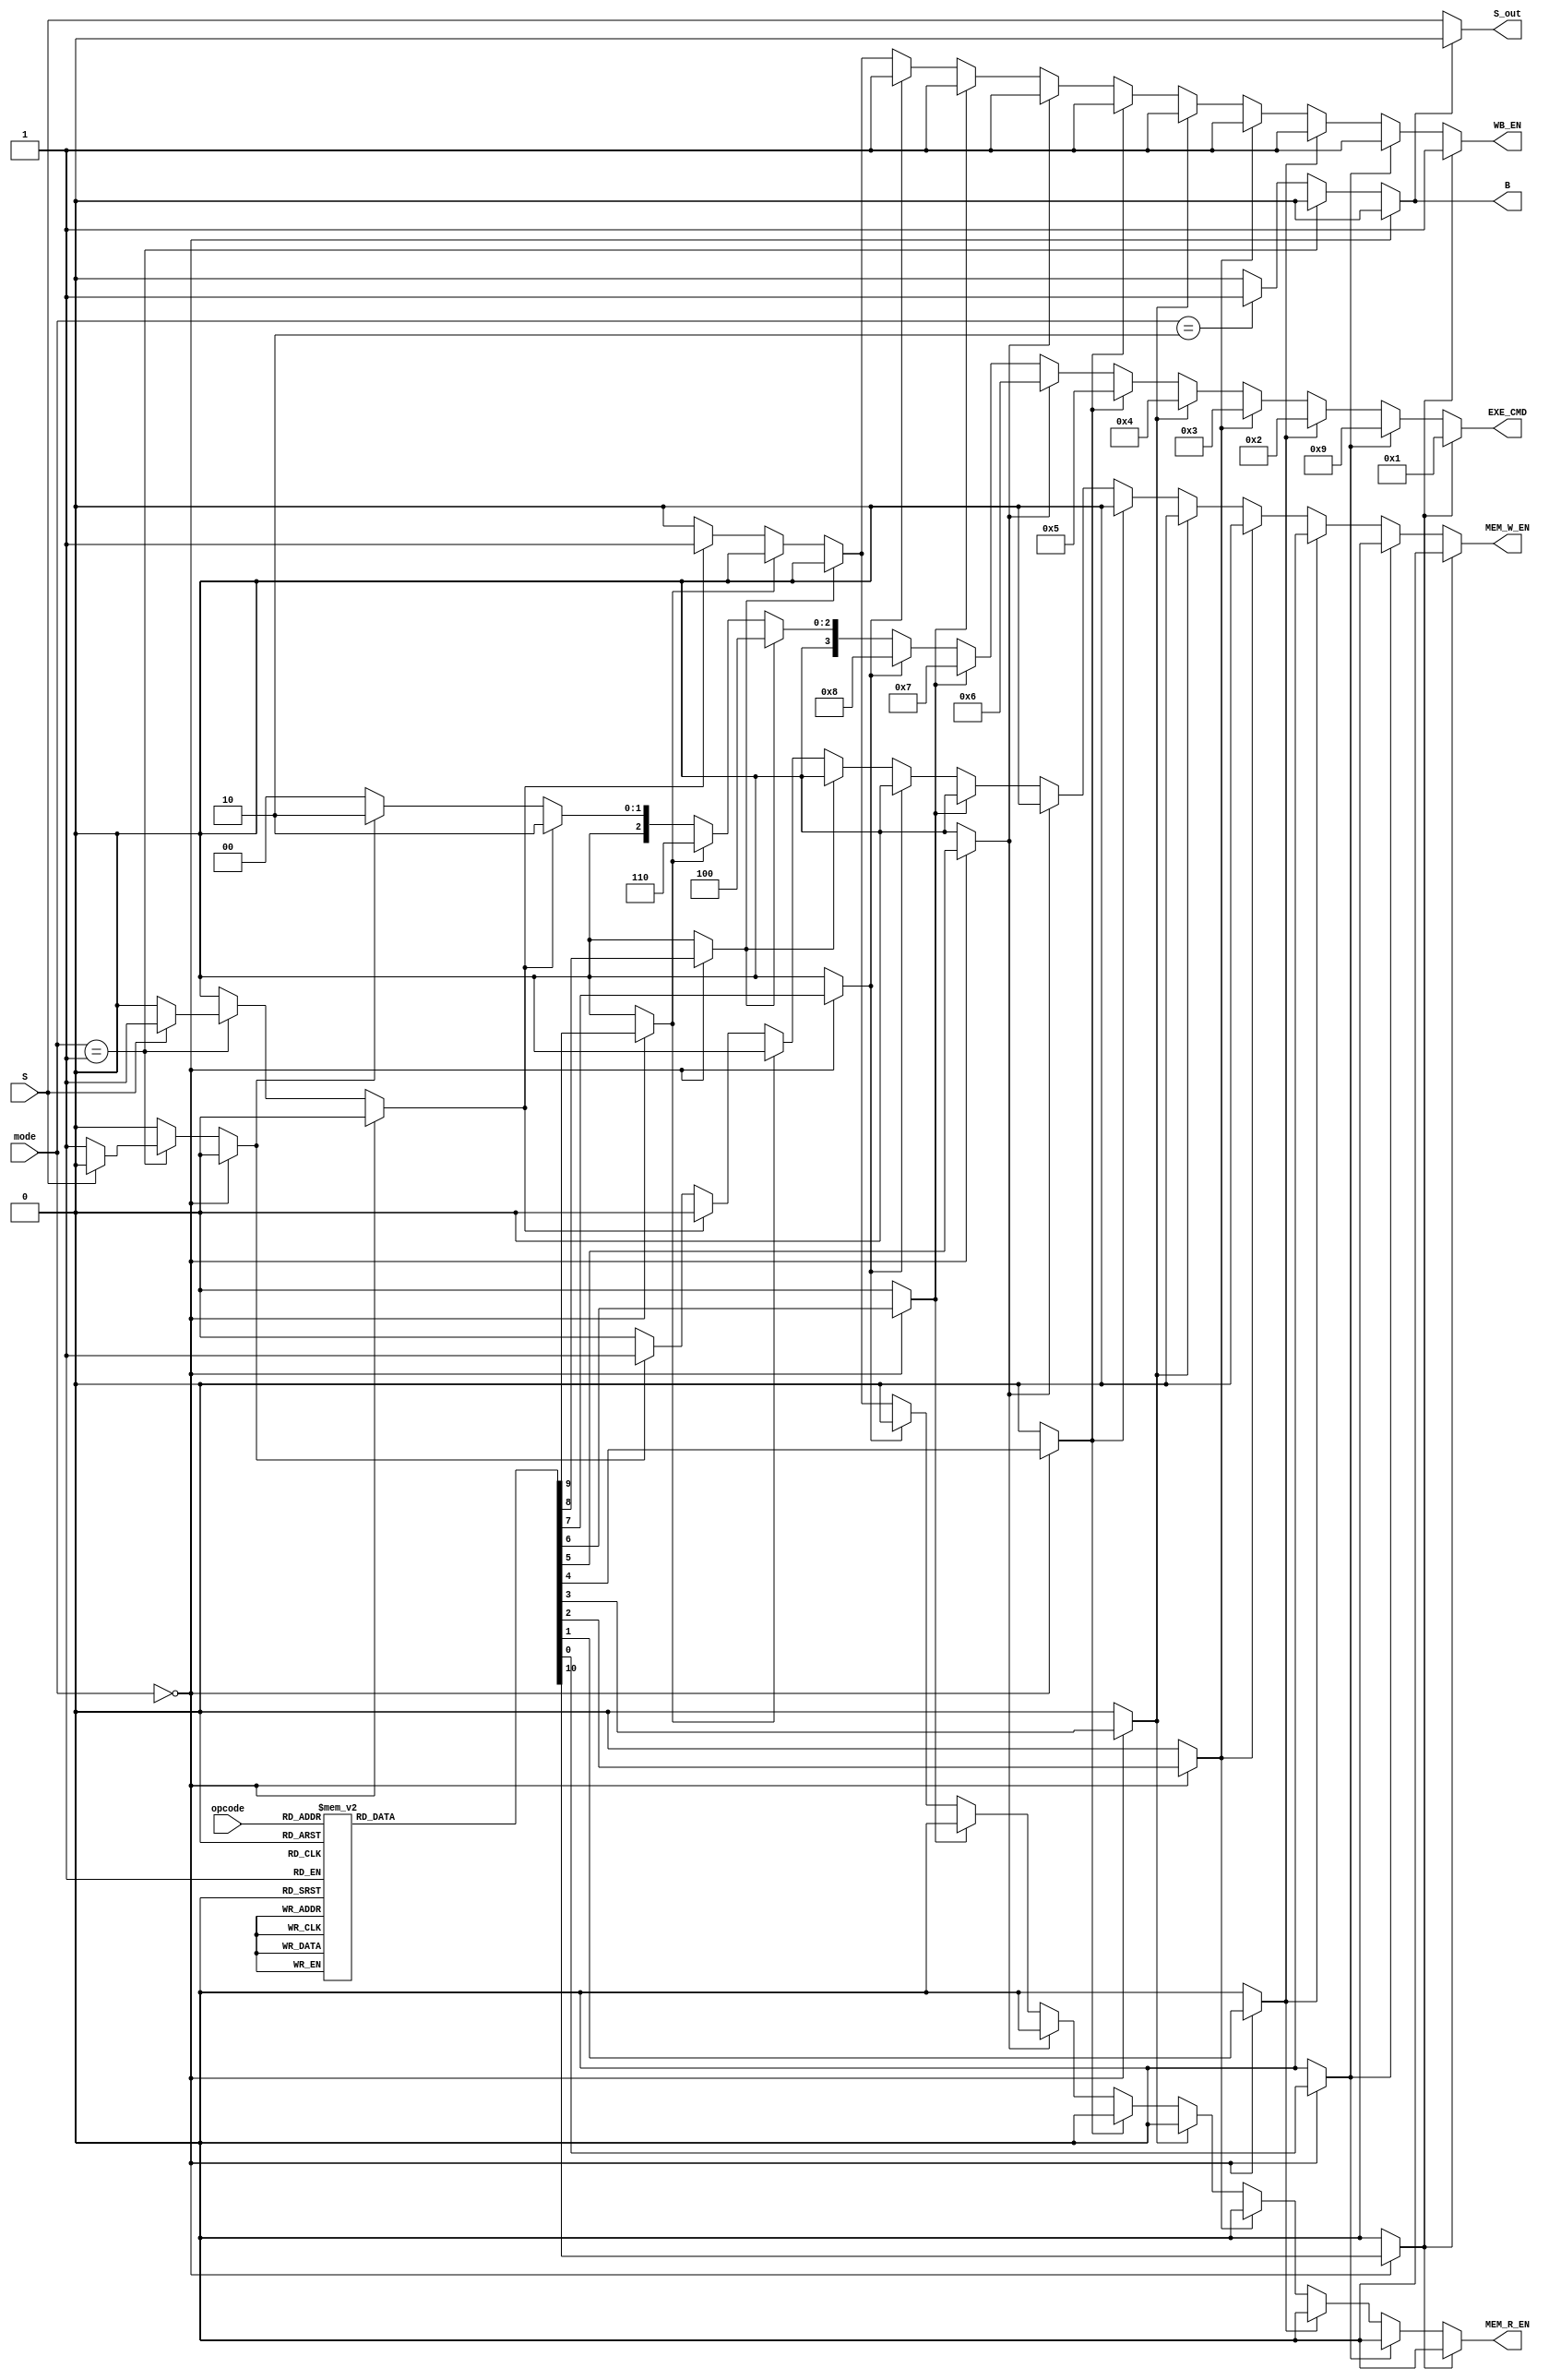
module ControlUnit (mode, opcode, S, WB_EN, MEM_R_EN, MEM_W_EN, B, S_out, EXE_CMD);
input [1:0] mode;
input [3:0] opcode;
input S;
output reg WB_EN;
output reg MEM_R_EN;
output reg MEM_W_EN;
output B;
output S_out;
output reg [3:0] EXE_CMD;

	reg MOV, MVN, ADD, ADC, SUB, SBC, AND, ORR, EOR, CMP, TST, LDR, STR, BRANCH;

	//Decode opcode - combinational
	always @(mode or opcode or S) begin
		{MOV, MVN, ADD, ADC, SUB, SBC,
			 AND, ORR, EOR, CMP, TST, LDR, STR, BRANCH} = 14'b0;

		if (mode == 2'b00) begin
			case(opcode)
				4'b1101: MOV = 1'b1;
				4'b1111: MVN = 1'b1;
				4'b0100: ADD = 1'b1;
				4'b0101: ADC = 1'b1;
				4'b0010: SUB = 1'b1;
				4'b0110: SBC = 1'b1;
				4'b0000: AND = 1'b1;
				4'b1100: ORR = 1'b1;
				4'b0001: EOR = 1'b1;
				4'b1010: CMP = 1'b1;
				4'b1000: TST = 1'b1;
			endcase
		end
		else if (mode == 2'b01) begin
			if (S)
				LDR = 1'b1;
			else
				STR = 1'b1;
		end
		else if (mode == 2'b10) begin
			BRANCH = 1'b1;	
		end
	end

	//Generate control signals - combinational
	always @(MOV or MVN or ADD or ADC or SUB or SBC or AND or ORR or EOR or CMP or TST or LDR or STR or BRANCH) begin
		{WB_EN, MEM_R_EN, MEM_W_EN} = 3'b0; 
		EXE_CMD = 4'b0;

		if (MOV) begin
			WB_EN = 1'b1;
			EXE_CMD = 4'b0001;
		end
		else if (MVN) begin
			WB_EN = 1'b1;
			EXE_CMD = 4'b1001;
		end
		else if (ADD) begin
			WB_EN = 1'b1;
			EXE_CMD = 4'b0010;
		end
		else if (ADC) begin
			WB_EN = 1'b1;
			EXE_CMD = 4'b0011;
		end
		else if (SUB) begin
			WB_EN = 1'b1;
			EXE_CMD = 4'b0100;
		end
		else if (SBC) begin
			WB_EN = 1'b1;
			EXE_CMD = 4'b0101;
		end
		else if (AND) begin
			WB_EN = 1'b1;
			EXE_CMD = 4'b0110;
		end
		else if (ORR) begin
			WB_EN = 1'b1;
			EXE_CMD = 4'b0111;
		end
		else if (EOR) begin
			WB_EN = 1'b1;
			EXE_CMD = 4'b1000;
		end
		else if (CMP) begin
			//WB_EN = 1'b1;
			EXE_CMD = 4'b0100;
		end
		else if (TST) begin
			//WB_EN = 1'b1;
			EXE_CMD = 4'b0110;
		end
		else if (LDR) begin
			WB_EN = 1'b1;
			MEM_R_EN = 1'b1;
			EXE_CMD = 4'b0010;
		end
		else if (STR) begin
			MEM_W_EN = 1'b1;
			EXE_CMD = 4'b0010;
		end
	end

	assign B = BRANCH;
	assign S_out = ~B? S : 1'b0;

endmodule